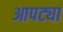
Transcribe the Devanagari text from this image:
आपट्या